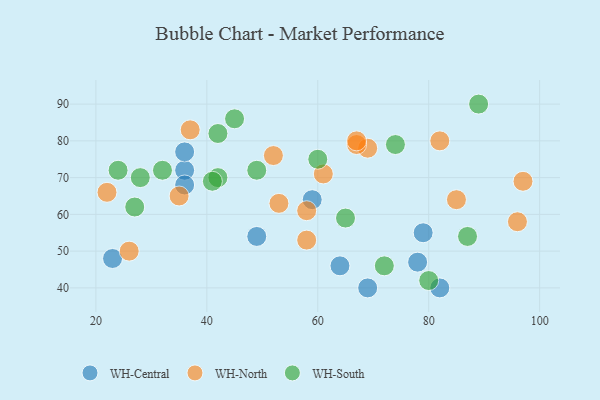
{"axis": {"x": "GDP", "y": "Life Expectancy"}, "legend": ["WH-Central", "WH-North", "WH-South"], "data": [{"x": "78", "y": 47, "type": "WH-Central"}, {"x": "59", "y": 64, "type": "WH-Central"}, {"x": "36", "y": 72, "type": "WH-Central"}, {"x": "69", "y": 40, "type": "WH-Central"}, {"x": "23", "y": 48, "type": "WH-Central"}, {"x": "64", "y": 46, "type": "WH-Central"}, {"x": "36", "y": 77, "type": "WH-Central"}, {"x": "49", "y": 54, "type": "WH-Central"}, {"x": "82", "y": 40, "type": "WH-Central"}, {"x": "36", "y": 68, "type": "WH-Central"}, {"x": "79", "y": 55, "type": "WH-Central"}, {"x": "97", "y": 69, "type": "WH-North"}, {"x": "35", "y": 65, "type": "WH-North"}, {"x": "58", "y": 61, "type": "WH-North"}, {"x": "82", "y": 80, "type": "WH-North"}, {"x": "61", "y": 71, "type": "WH-North"}, {"x": "85", "y": 64, "type": "WH-North"}, {"x": "37", "y": 83, "type": "WH-North"}, {"x": "26", "y": 50, "type": "WH-North"}, {"x": "58", "y": 53, "type": "WH-North"}, {"x": "69", "y": 78, "type": "WH-North"}, {"x": "52", "y": 76, "type": "WH-North"}, {"x": "53", "y": 63, "type": "WH-North"}, {"x": "96", "y": 58, "type": "WH-North"}, {"x": "67", "y": 79, "type": "WH-North"}, {"x": "67", "y": 80, "type": "WH-North"}, {"x": "22", "y": 66, "type": "WH-North"}, {"x": "24", "y": 72, "type": "WH-South"}, {"x": "65", "y": 59, "type": "WH-South"}, {"x": "60", "y": 75, "type": "WH-South"}, {"x": "74", "y": 79, "type": "WH-South"}, {"x": "87", "y": 54, "type": "WH-South"}, {"x": "32", "y": 72, "type": "WH-South"}, {"x": "42", "y": 82, "type": "WH-South"}, {"x": "45", "y": 86, "type": "WH-South"}, {"x": "80", "y": 42, "type": "WH-South"}, {"x": "28", "y": 70, "type": "WH-South"}, {"x": "42", "y": 70, "type": "WH-South"}, {"x": "89", "y": 90, "type": "WH-South"}, {"x": "49", "y": 72, "type": "WH-South"}, {"x": "41", "y": 69, "type": "WH-South"}, {"x": "72", "y": 46, "type": "WH-South"}, {"x": "27", "y": 62, "type": "WH-South"}]}